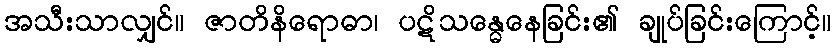
အသီးသာလျှင်။ ဇာတိနိရောဓာ၊ ပဋိသန္ဓေနေခြင်း၏ ချုပ်ခြင်းကြောင့်။